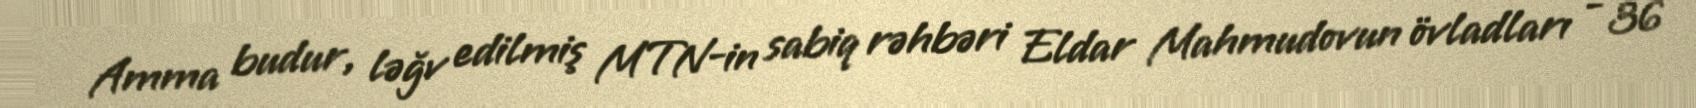
Amma budur, ləğv edilmiş MTN-in sabiq rəhbəri Eldar Mahmudovun övladları - 36